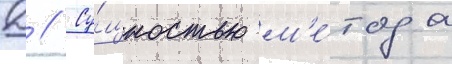
Д // Су́щностью м'е́тода